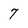
Character: 7